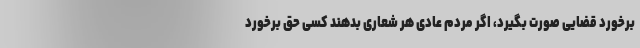
برخورد قضایی صورت بگیرد، اگر مردم عادی هر شعاری بدهند کسی حق برخورد